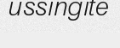
ussingite